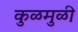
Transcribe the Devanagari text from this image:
कुळमुळी